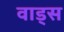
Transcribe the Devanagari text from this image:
वाड्स